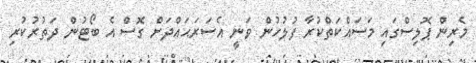
މެރިން ޕޮލިސްގައި މަސައްކަތްކުރާ ފުލުހުން ވަނީ އެސަރަޙައްދަށް ގޮސް އެ ބޯޓުން ދަތުރުކުރި